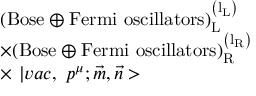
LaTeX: \begin{array} { l } { { ( \mathrm { { B o s e } \oplus { F e r m i \ o s c i l l a t o r s } ) _ { L } ^ { \left( l _ { L } \right) } } } } \\ { { \times ( \mathrm { { B o s e } \oplus { F e r m i \ o s c i l l a t o r s } ) _ { R } ^ { \left( l _ { R } \right) } } } } \\ { { \times \, \, | v a c , \, \, p ^ { \mu } ; \vec { m } , \vec { n } > } } \end{array}